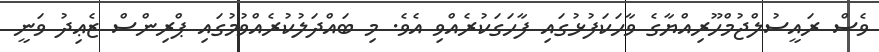
ވެސް ރައީސުލްޖުމްހޫރިއްޔާގެ ވާހަކަފުޅުގައި ފާހަގަކުރެއްވި އެވެ. މި ބައްދަލުކުރެއްވުމުގައި ޕްރިންސް ޒެޢިދު ވަނީ